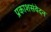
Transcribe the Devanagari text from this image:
प्रकाशसंवेदन